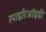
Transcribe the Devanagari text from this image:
स्पाइरिऑइडी